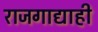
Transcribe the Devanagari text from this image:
राजगाद्याही